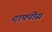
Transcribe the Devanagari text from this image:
दाफ्नीस